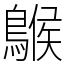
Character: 䳧